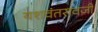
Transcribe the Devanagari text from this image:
यशवंतरावजी